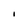
Character: 1